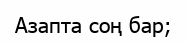
Азапта соң бар;